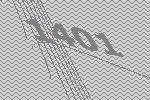
1401